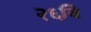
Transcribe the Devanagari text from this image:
२६वि